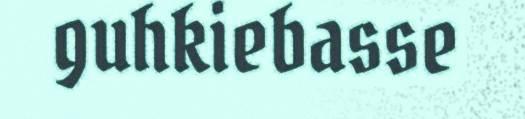
guhkiebasse